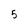
Character: 5